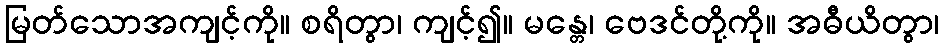
မြတ်သောအကျင့်ကို။ စရိတွာ၊ ကျင့်၍။ မန္တေ၊ ဗေဒင်တို့ကို။ အဓီယိတွာ၊